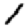
Digit: 1